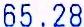
65.28